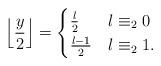
LaTeX: \begin{gather*}\left\lfloor \frac{y}{2}\right\rfloor=\begin{cases}\frac{l}{2} & l\equiv_2 0 \\\frac{l-1}{2}& l\equiv_2 1.\end{cases}\end{gather*}